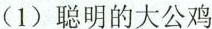
(1)聪明的大公鸡